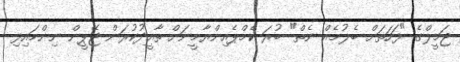
ޖަމީލްގެ "ފަހަތަށް ބެލުމެއް ނެތް" ބުރަ ކެމްޕެއިންޔާމީނަށް ތާއީދުކުރަން ޖޭޕީން ނިންމައިފި